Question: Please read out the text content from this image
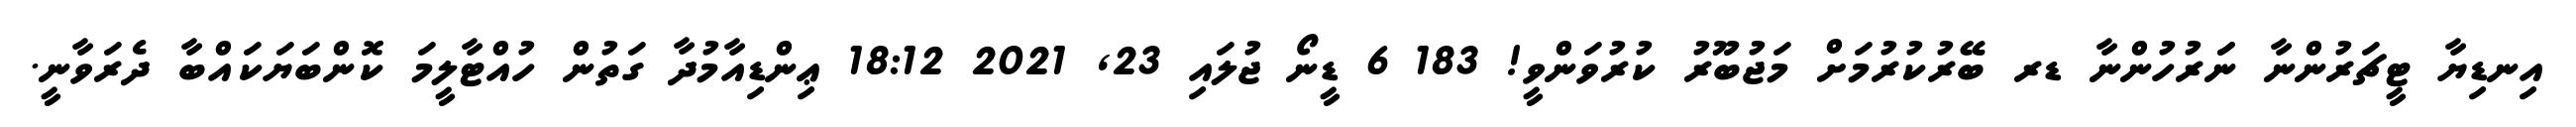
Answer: އިނޑިޔާ ޓީޗަރުންނާ ނަަރުހުންނާ ޑރ ބޭރުކުރުމަށް މަޖުބޫރު ކުރުވަންވީ! 183 6 ޑީނޯ ޖުލައި 23, 2021 18:12 ޢިންޑިއާމުދާ ގަތުން ހުއްޓާލީމަ ކޮންބަޔަކައްބާ ދެރަވާނީ.